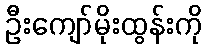
ဦးကျော်မိုးထွန်းကို